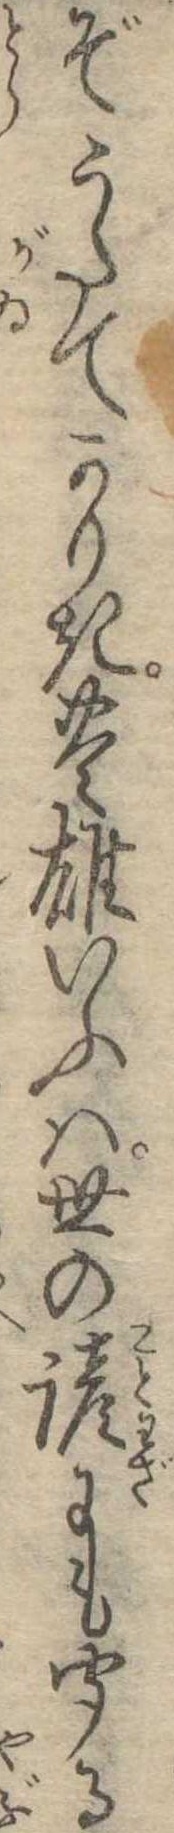
ぞうたてかりき豊雄いふは世の諺にも聞る